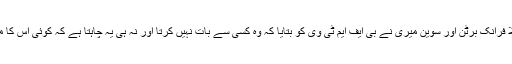
ان کے وکلا فرانک برٹن اور سوین میری نے بی ایف ایم ٹی وی کو بتایا کہ وہ کسی سے بات نہیں کرتا اور نہ ہی یہ چاہتا ہے کہ کوئی اس کا مقدمہ لڑے۔